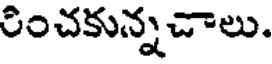
రించకున్నచాలు.